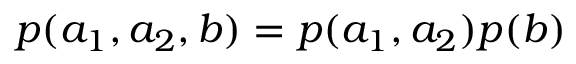
p ( a _ { 1 } , a _ { 2 } , b ) = p ( a _ { 1 } , a _ { 2 } ) p ( b )